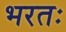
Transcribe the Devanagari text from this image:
भरतः